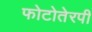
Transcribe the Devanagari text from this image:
फोटोतेरपी